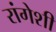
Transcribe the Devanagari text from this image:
रांगेशी